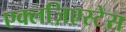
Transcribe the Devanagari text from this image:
एक्लज़िएस्टेस